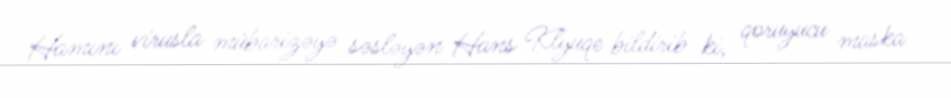
Hamını virusla mübarizəyə səsləyən Hans Klyuqe bildirib ki, qoruyucu maska